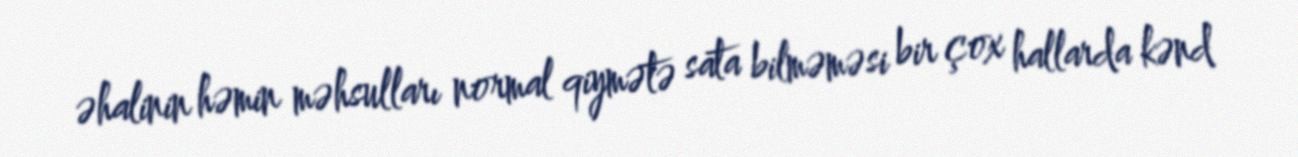
əhalinin həmin məhsulları normal qiymətə sata bilməməsi bir çox hallarda kənd